Civil Veterinary Department Bihar reports 1940-50 - 1940-1950
Year: 1940
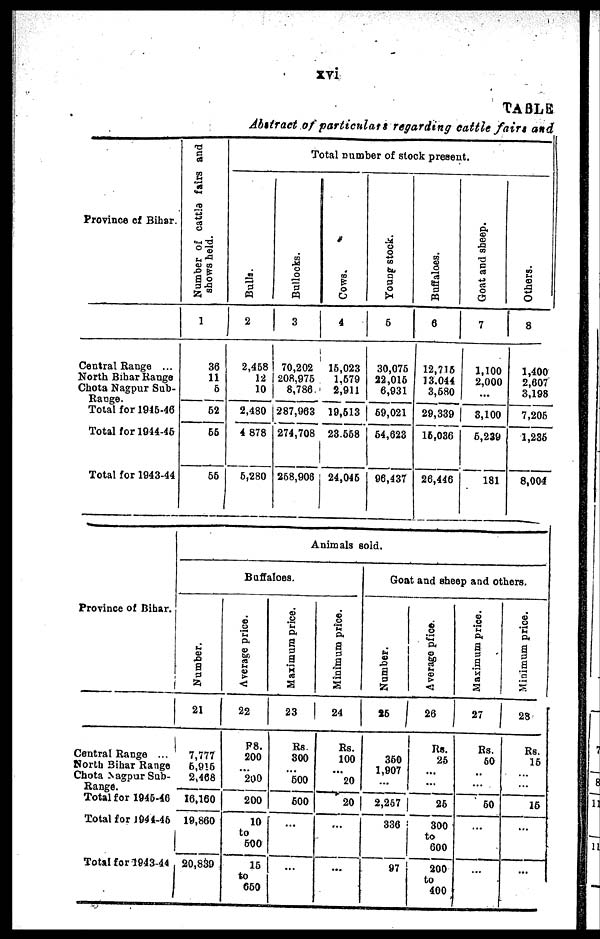
xvi
TABLE
Abstract of particulars regarding cattle fairs and
Province of Bihar.
Central Range ...
North Bihar Range
Chota Nagpur Sub-
Range.
Total for 1945-46
Total for 1944-45
Total for 1943-44
Number of cattle fairs and
shows held.
1
36
11
5
52
55
55
Total number of stock present.
Bulls.
2
2,458
12
10
2,480
4 878
5,280
Bullocks.
3
70,202
208,975
8,786
287,963
274,708
358,908
Cows.
4
15,023
1,579
2,911
19,513
23.658
24,045
Young stock.
5
30,075
22,015
6,931
59,021
54,623
96,437
Buffaloes.
6
12,715
13,044
3,680
29,339
16,036
26,446
Goat and sheep.
7
1,100
2,000
...
3,100
6,239
181
Others.
8
1,400
2,607
3,198
7,205
1,235
8,004
Province of Bihar.
Central Range ...
North Bihar Range
Chota Nagpur Sub-
Range.
Total for 1945-46
Total for 1944-45
Total for 1943-44
Animal sold.
Buffaloes.
Number.
21
7,777
6,915
2,468
16,160
19,860
20,839
Average price.
22
P8.
200
...
200
200
10
to
500
15
to
650
Maximum price.
23
Rs
300
...
500
500
...
...
Minimum price.
24
Rs.
100
...
20
20
...
...
Goat and sheep and others.
Number.
25
360
1,907
...
2,257
336
97
Average price.
26
Rs.
25
...
...
25
300
to
600
200
to
400
Maximum price.
27
Rs.
50
...
...
50
...
...
Minimum price.
28
Rs.
15
...
...
15
...
...